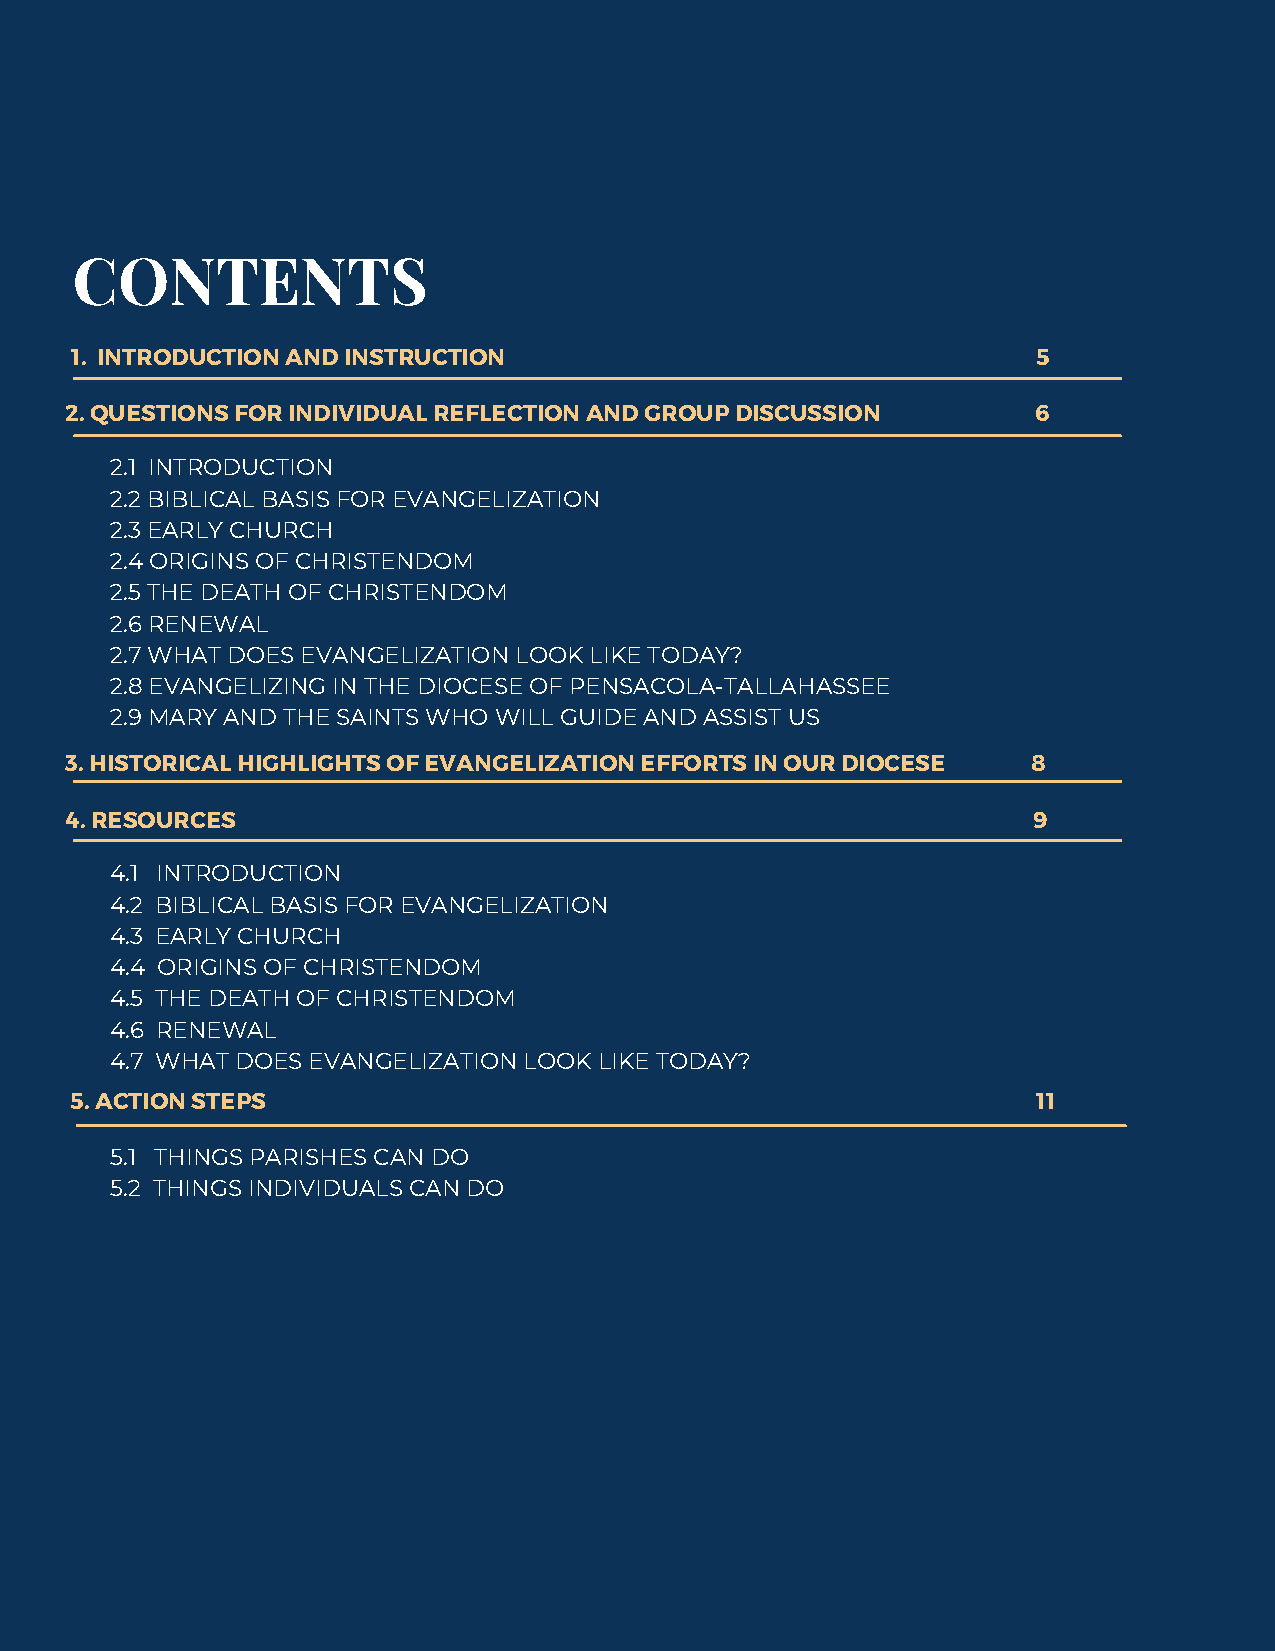
CONTENTS
 1. INTRODUCTION AND INSTRUCTION                                 5
 2. QUESTIONS FOR INDIVIDUAL REFLECTION AND GROUP DISCUSSION     6
 2.1 INTRODUCTION
 2.2 BIBLICAL BASIS FOR EVANGELIZATION
 2.3 EARLY CHURCH
 2.4 ORIGINS OF CHRISTENDOM
 2.5 THE DEATH OF CHRISTENDOM
 2.6 RENEWAL
 2.7 WHAT DOES EVANGELIZATION LOOK LIKE TODAY?
 2.8 EVANGELIZING IN THE DIOCESE OF PENSACOLA-TALLAHASSEE
 2.9 MARY AND THE SAINTS WHO WILL GUIDE AND ASSIST US
 3. HISTORICAL HIGHLIGHTS OF EVANGELIZATION EFFORTS IN OUR DIOCESE 8
 4. RESOURCES                                                    9
 4.1 INTRODUCTION
 4.2 BIBLICAL BASIS FOR EVANGELIZATION
 4.3 EARLY CHURCH
 4.4 ORIGINS OF CHRISTENDOM
 4.5 THE DEATH OF CHRISTENDOM
 4.6 RENEWAL
 4.7 WHAT DOES EVANGELIZATION LOOK LIKE TODAY?
 5. ACTION STEPS                                                 11
 5.1 THINGS PARISHES CAN DO
 5.2 THINGS INDIVIDUALS CAN DO